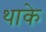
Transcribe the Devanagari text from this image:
थाके